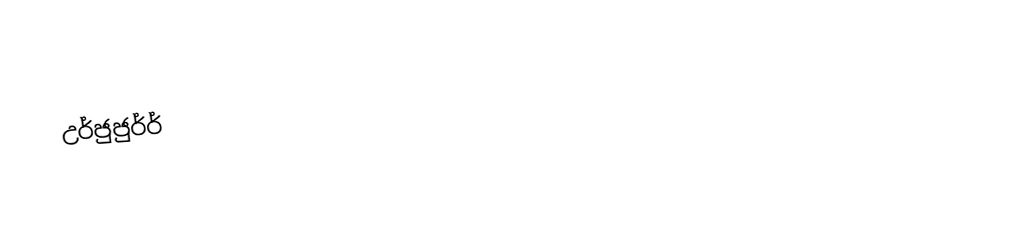
උර්ජුජුර්‍ර්